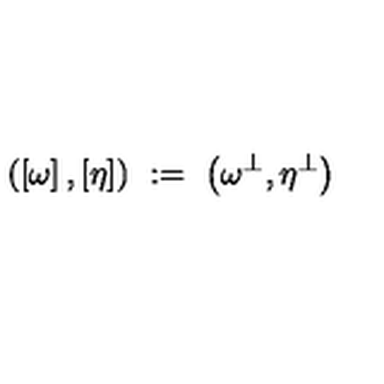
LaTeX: \left( \left[ \omega \right] , \left[ \eta \right] \right) \ : = \ \left( \omega ^ { \perp } , \eta ^ { \perp } \right)